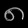
Digit: ၈